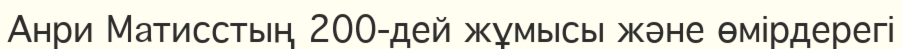
Анри Матисстың 200-дей жұмысы және өмірдерегі